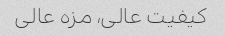
کیفیت عالی، مزه عالی